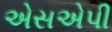
એસએપી